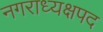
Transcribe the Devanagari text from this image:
नगराध्यक्षपद